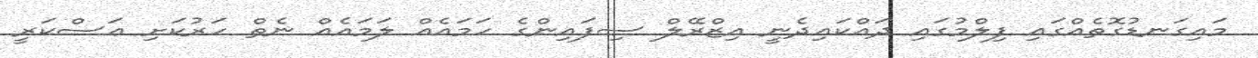
މައިގަނޑުގޮތެއްގައި ފިލްމުގައި ދައްކައިދެނީ އިޒްރޭލް ސިފައިންގެ ހަމައެއް ލަމައެއް ނެތް ހަރުކަށި ޢަސްކަރީ